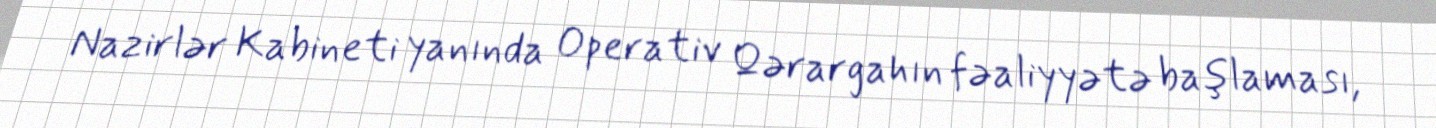
Nazirlər Kabineti yanında Operativ Qərargahın fəaliyyətə başlaması,